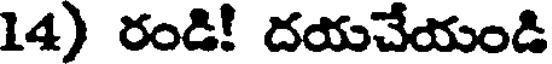
14) రండి! దయచేయండి